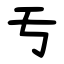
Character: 亐